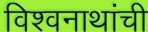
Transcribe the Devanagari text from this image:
विश्वनाथांची